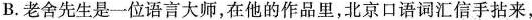
B.老舍先生是一位语言大师，在他的作品里，北京口语词汇信手拈来，